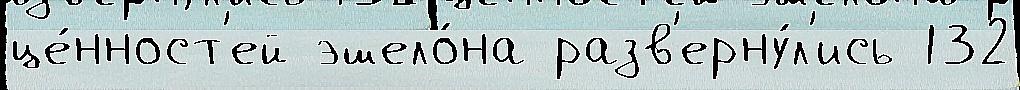
це́нност'ей эшело́на разв'ерну́л'ись 132